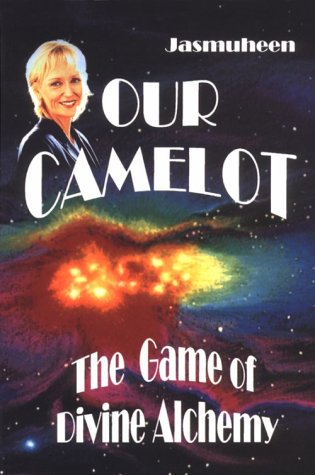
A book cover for Our Camelot : The Game of Divine Alcheny; Jasmuheen; Science Fiction & Fantasy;